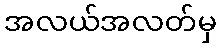
အလယ်အလတ်မှ